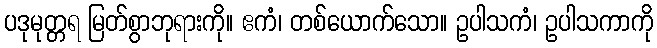
ပဒုမုတ္တရ မြတ်စွာဘုရားကို။ ဧကံ၊ တစ်ယောက်သော။ ဥပါသကံ၊ ဥပါသကာကို